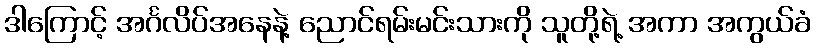
ဒါကြောင့် အင်္ဂလိပ်အနေနဲ့ ညောင်ရမ်းမင်းသားကို သူတို့ရဲ့ အကာ အကွယ်ခံ